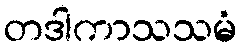
တဒါကာသသမံ